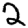
Digit: 2